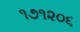
૧૭૧૨૦૬